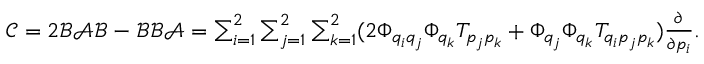
\begin{array} { r } { \mathcal { C } = 2 \mathcal { B } \mathcal { A } \mathcal { B } - \mathcal { B } \mathcal { B } \mathcal { A } = \sum _ { i = 1 } ^ { 2 } \sum _ { j = 1 } ^ { 2 } \sum _ { k = 1 } ^ { 2 } ( 2 \Phi _ { q _ { i } q _ { j } } \Phi _ { q _ { k } } T _ { p _ { j } p _ { k } } + \Phi _ { q _ { j } } \Phi _ { q _ { k } } T _ { q _ { i } p _ { j } p _ { k } } ) \frac { \partial } { \partial p _ { i } } . } \end{array}